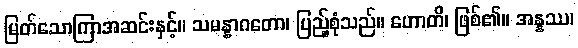
မြတ်သောကြာအဆင်းနှင့်။ သမန္နာဂတော၊ ပြည့်စုံသည်။ ဟောတိ၊ ဖြစ်၏။ အန္နဿ၊